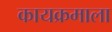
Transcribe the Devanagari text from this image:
कायक्रमाला